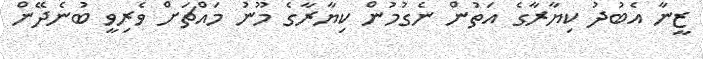
ޒީނާ އެބުދު ކިޔާރާގެ އަތުން ނެގުމުން ކިޔާރާގެ މޫނު މައްޗަށް ވެރިވީ ބުނެދޭން